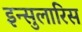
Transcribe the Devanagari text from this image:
इन्सुलारिस